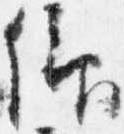
仰